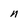
Character: n